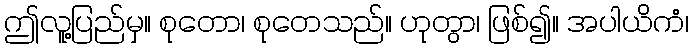
ဤလူ့ပြည်မှ။ စုတော၊ စုတေသည်။ ဟုတွာ၊ ဖြစ်၍။ အပါယိကံ၊